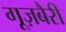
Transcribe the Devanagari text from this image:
गूज़बैरी